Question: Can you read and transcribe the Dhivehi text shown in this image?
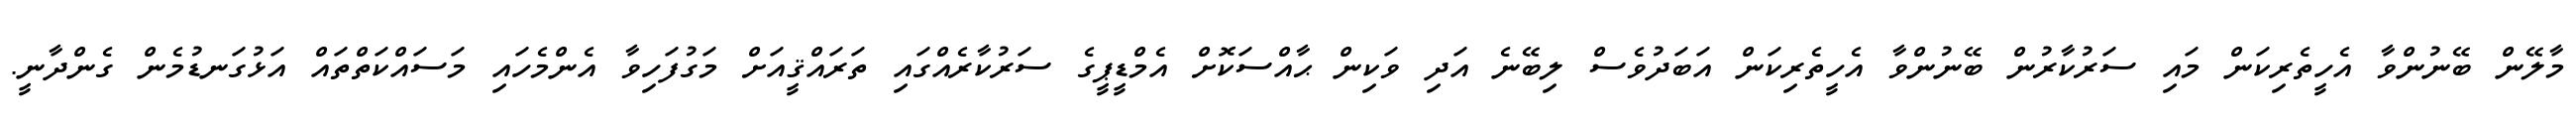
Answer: މާލޭން ބޭނުންވާ އެހީތެރިކަން މައި ސަރުކާރުން ބޭނުންވާ އެހީތެރިކަން އަބަދުވެސް ލިބޭނެ އަދި ވަކިން ޙާއްސަކޮށް އެމްޑީޕީގެ ސަރުކާރެއްގައި ތަރައްޤީއަށް މަގުފަހިވާ އެންމެހައި މަސައްކަތްތައް އަޅުގަނޑުމެން ގެންދާނީ.